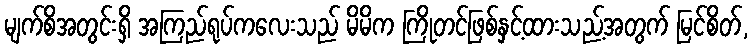
မျက်စိအတွင်းရှိ အကြည်ရုပ်ကလေးသည် မိမိက ကြိုတင်ဖြစ်နှင့်ထားသည့်အတွက် မြင်စိတ်,